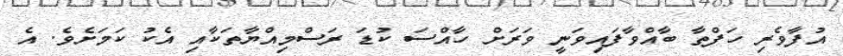
އުފާވެރި ހަފްތާ ބާއްވާފައިވަނީ ވަރަށް ހާއްސަ ކުޑަ ރަސްމިއްޔާތަކާއި އެކު ކަމަށެވެ. އެ